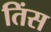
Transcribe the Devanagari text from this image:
तिंस